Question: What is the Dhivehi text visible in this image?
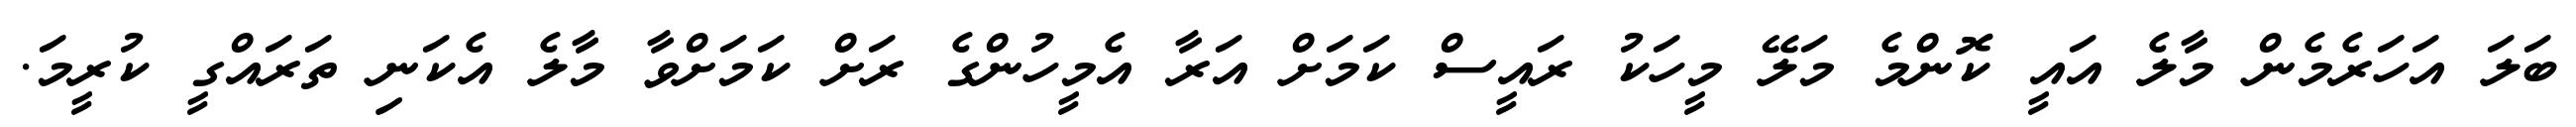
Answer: ބަލަ އަހަރެމެން މާލެ އައީ ކޮންމެ މަލޭ މީހަކު ރައީސް ކަމަށް އަރާ އެމީހުންގެ ރަށް ކަމަށްވާ މާލެ އެކަނި ތަރައްގީ ކުރީމަ.